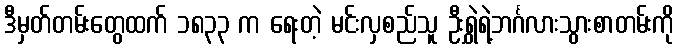
ဒီမှတ်တမ်းတွေထက် ၁၈၃၃ က ရေးတဲ့ မင်းလှစည်သူ ဦးရွှဲရဲ့ဘင်္ဂလားသွားစာတမ်းကို